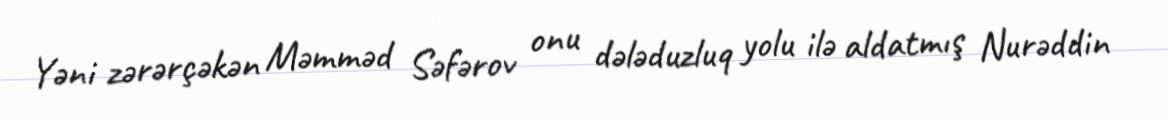
Yəni zərərçəkən Məmməd Səfərov onu dələduzluq yolu ilə aldatmış Nurəddin